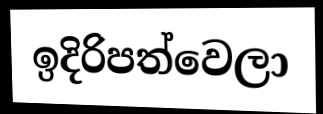
ඉදිරිපත්වෙලා